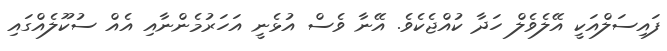
ފައިސަލްއަކީ އޭލެވެލް ހަދާ ކުއްޖެކެވެ. އޭނާ ވެސް އުޅެނީ އަހަރުމެންނާއި އެއް ސުކޫލެއްގައި